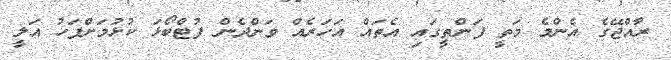
ރާއްޖޭގެ އެންމެ މަތީ ފަންތީގައި އެތައް އަހަރެއް ވަންދެން ފުޓްބޯޅަ ކުޅުމަށްފަހު އަލީ